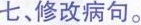
七、修改病句。